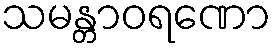
သမန္တာဝရဏော